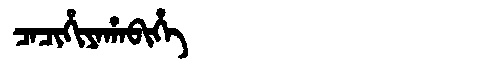
Manchu: ᠴᠠᠴᡳᡥᡳᠶᠠᡥᠠᠪᡳᡥᡝ
Romanization: CACIHIYAHABIHE